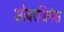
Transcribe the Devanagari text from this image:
ओबरजिनेस